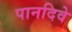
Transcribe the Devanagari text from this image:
पानदिवे